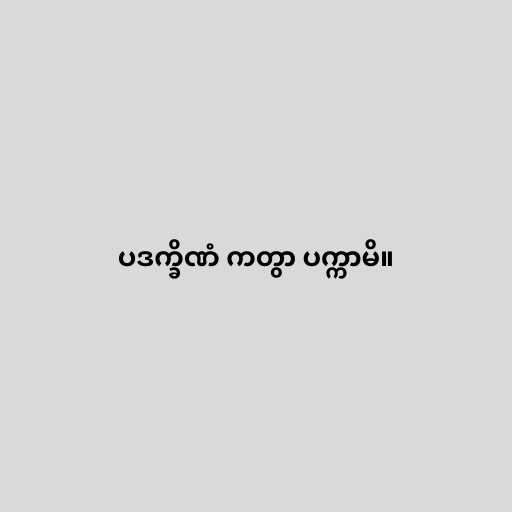
ပဒက္ခိဏံ ကတွာ ပက္ကာမိ။